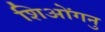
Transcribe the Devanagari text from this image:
शिओंगनु